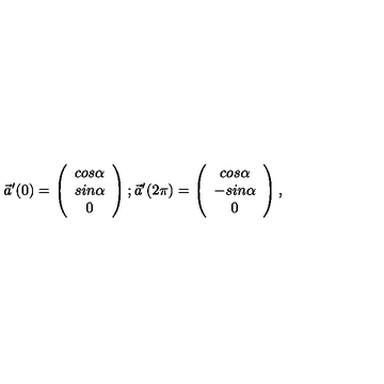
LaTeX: \vec { a } ^ { \prime } ( 0 ) = \left( \begin{array} { c } { c o s \alpha } \\ { s i n \alpha } \\ { 0 } \\ \end{array} \right) ; \vec { a } ^ { \prime } ( 2 \pi ) = \left( \begin{array} { c } { c o s \alpha } \\ { - s i n \alpha } \\ { 0 } \\ \end{array} \right) ,